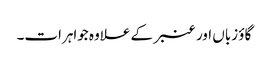
گاؤ زباں اور عنبر کے علاوہ جواہرات۔